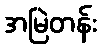
အမြဲတန်း